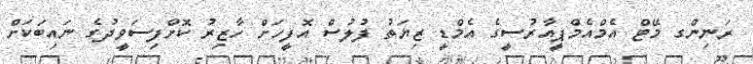
ރަނިންގ މޭޓް އެމްއެމްޕީއާރުސީގެ އެމްޑީ ޒިޔަތު ފުލުސް އޮފީހަށް ހާޒިރު ކޮށްފިސަވީދުގެ ނައިބަކަށް